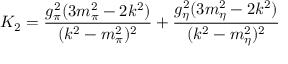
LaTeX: K _ { 2 } = \frac { g _ { \pi } ^ { 2 } ( 3 m _ { \pi } ^ { 2 } - 2 k ^ { 2 } ) } { ( k ^ { 2 } - m _ { \pi } ^ { 2 } ) ^ { 2 } } + \frac { g _ { \eta } ^ { 2 } ( 3 m _ { \eta } ^ { 2 } - 2 k ^ { 2 } ) } { ( k ^ { 2 } - m _ { \eta } ^ { 2 } ) ^ { 2 } }